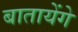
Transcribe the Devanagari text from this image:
बातायेंगे